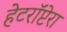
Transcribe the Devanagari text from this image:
हेटरॉप्टेरा